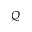
Q